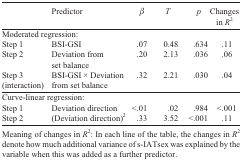
<table><thead><tr><td></td><td><b>Predictor</b></td><td><b>β</b></td><td><b><i>T</i></b></td><td><b><i>p</i></b></td><td><b>Changes in<i>R</i><sup>2</sup></b></td></tr></thead><tbody><tr><td colspan="6">Moderatedregression:</td></tr><tr><td>Step 1</td><td>BSI-GSI</td><td>.07</td><td>0.48</td><td>.634</td><td>.11</td></tr><tr><td>Step 2</td><td>Deviation fromset balance</td><td>.20</td><td>2.13</td><td>.036</td><td>.06</td></tr><tr><td>Step 3(interaction)</td><td>BSI-GSI ×Deviation from set balance</td><td>.32</td><td>2.21</td><td>.030</td><td>.04</td></tr><tr><td colspan="6">Curve-linearregression:</td></tr><tr><td>Step 1</td><td>Deviationdirection</td><td>&lt;.01</td><td>.02</td><td>.984</td><td>&lt;.001</td></tr><tr><td>Step 2</td><td>(Deviationdirection)2</td><td>.33</td><td>3.52</td><td>&lt;.001</td><td>.11</td></tr><tr><td colspan="6">Meaning ofchanges in <i>R</i><sup>2</sup>: In each line of thetable, the changes in <i>R</i><sup>2</sup> denote howmuch additional variance of s-IATsex was explained by thevariable when this was added as a further predictor.</td></tr></tbody></table>